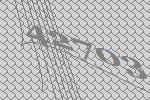
42703